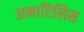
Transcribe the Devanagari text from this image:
अमारिलिस